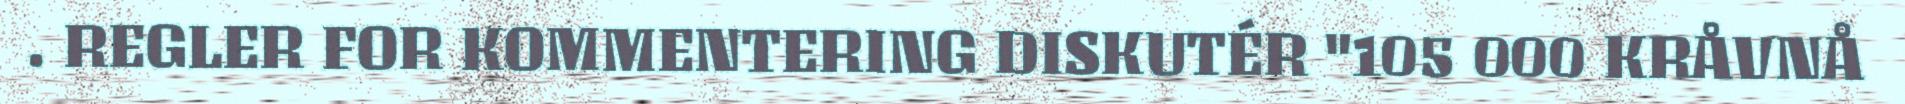
. REGLER FOR KOMMENTERING DISKUTÉR "105 000 KRÅVNÅ